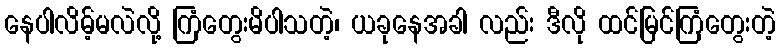
နေပါလိမ့်မလဲလို့ ကြံတွေးမိပါသတဲ့၊ ယခုနေအခါ လည်း ဒီလို ထင်မြင်ကြံတွေးတဲ့